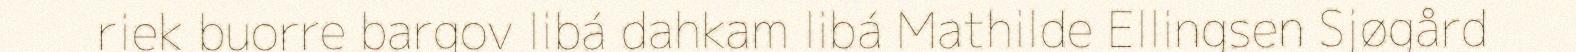
riek buorre bargov libá dahkam libá Mathilde Ellingsen Sjøgård